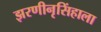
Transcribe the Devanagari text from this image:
झरणीनृसिंहाला